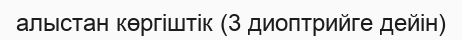
алыстан көргіштік (3 диоптрийге дейін)